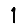
Digit: 1